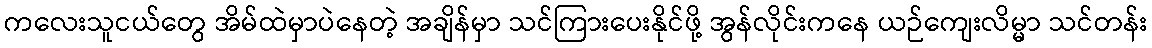
ကလေးသူငယ်တွေ အိမ်ထဲမှာပဲနေတဲ့ အချိန်မှာ သင်ကြားပေးနိုင်ဖို့ အွန်လိုင်းကနေ ယဉ်ကျေးလိမ္မာ သင်တန်း